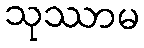
သုဿာမ